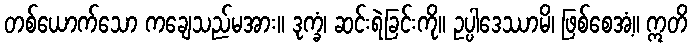
တစ်ယောက်သော ကချေသည်မအား။ ဒုက္ခံ၊ ဆင်းရဲခြင်းကို။ ဥပ္ပါဒေဿာမိ၊ ဖြစ်စေအံ့။ ဣတိ